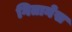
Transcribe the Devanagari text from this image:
गितानेस